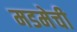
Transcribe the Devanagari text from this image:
मडमेची